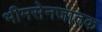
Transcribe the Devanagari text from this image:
भीमसेनजातक